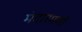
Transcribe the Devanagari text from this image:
मंदारमणी